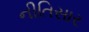
નીતિસાર